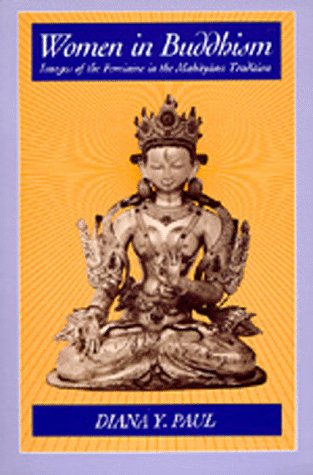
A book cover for Women in Buddhism: Images of the Feminine in the Mahayana Tradition; Diana Y. Paul; Religion & Spirituality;